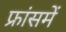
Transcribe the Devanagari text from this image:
फ्रांसमें